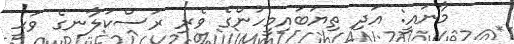
މާނައީ: އަދި ތިޔަބައިމީހުންގެ ވެރި ރަސްކަލާނގެ ވަޙީ